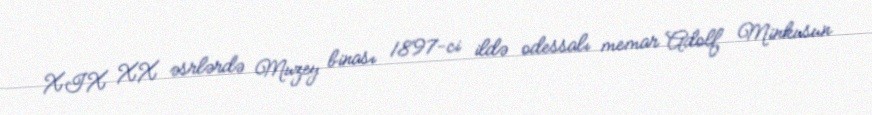
XIX XX əsrlərdə Muzey binası 1897-ci ildə odessalı memar Adolf Minkusun